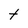
Character: t